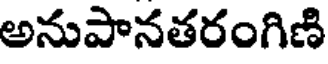
అనుపానతరంగిణి